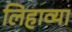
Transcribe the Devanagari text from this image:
लिहाव्या